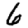
Digit: 6